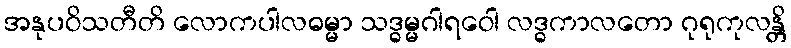
အနုပဝိသတီတိ လောကပါလဓမ္မာ သဒ္ဓမ္မဂါရဝေါ လဒ္ဓကာလတော ဂုရုကုလန္တိ